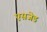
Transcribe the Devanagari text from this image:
एसजेड